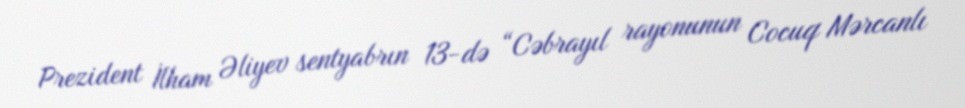
Prezident İlham Əliyev sentyabrın 13-də “Cəbrayıl rayonunun Cocuq Mərcanlı